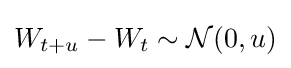
W_{t+u}-W_{t}\sim {\mathcal {N}}(0,u)